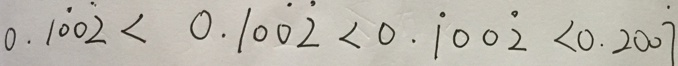
0 . 1 \dot { 0 } 0 \dot { 2 } < 0 . 1 0 \dot { 0 } \dot { 2 } < 0 . \dot { 1 } 0 0 \dot { 2 } < 0 . 2 0 0 \dot { 7 }